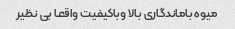
میوه باماندگاری بالا وباکیفیت واقعا بی نظیر